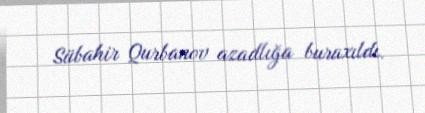
Sübahir Qurbanov azadlığa buraxıldı.